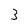
Character: 3